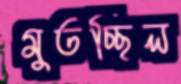
মুতচ্ছিল